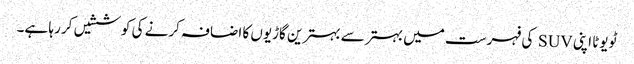
ٹویوٹا اپنی SUV کی فہرست میں بہتر سے بہترین گاڑیوں کا اضافہ کرنے کی کوششیں کر رہا ہے۔